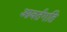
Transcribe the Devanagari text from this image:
आवर्तगति